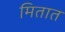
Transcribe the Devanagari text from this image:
मितात